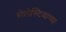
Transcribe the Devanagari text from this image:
सेलेस्टियाच्या